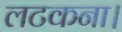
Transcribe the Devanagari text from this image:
लटकना।